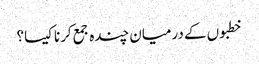
خطبوں کے درمیان چندہ جمع کرنا کیسا؟